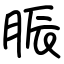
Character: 脤